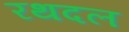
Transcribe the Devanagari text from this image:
रथदल